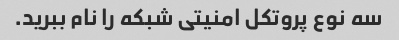
سه نوع پروتکل امنیتی شبکه را نام ببرید.